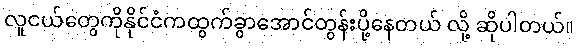
လူငယ်တွေကိုနိုင်ငံကထွက်ခွာအောင်တွန်းပို့နေတယ် လို့ ဆိုပါတယ်။